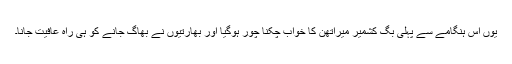
یوں اس ہنگامے سے پہلی بگ کشمیر میراتھن کا خواب چکنا چور ہوگیا اور بھارتیوں نے بھاگ جانے کو ہی راہ عافیت جانا۔